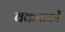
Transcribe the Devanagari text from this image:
वकाटकों